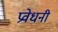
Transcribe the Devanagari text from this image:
प्रवेधनी